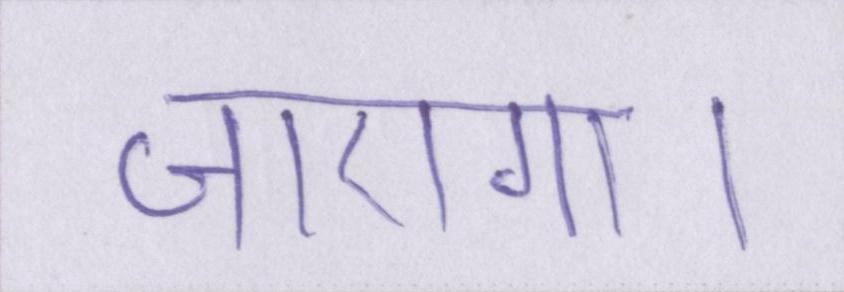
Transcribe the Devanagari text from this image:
जाएगा।